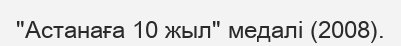
"Астанаға 10 жыл" медалі (2008).